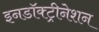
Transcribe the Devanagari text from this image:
इनडॉक्ट्रीनेशन